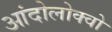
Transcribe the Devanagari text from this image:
आंदोलोक्वो